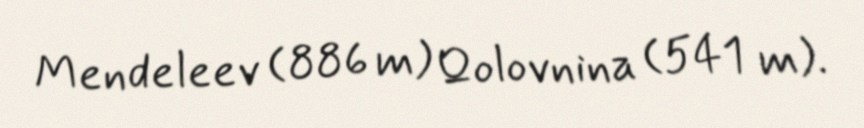
Mendeleev (886 m) Qolovnina (541 m).